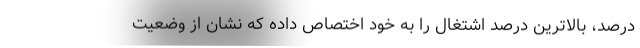
درصد، بالاترین درصد اشتغال را به خود اختصاص داده که نشان از وضعیت